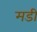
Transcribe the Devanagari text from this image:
मडी